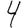
Digit: 4